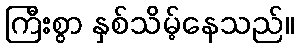
ကြီးစွာ နှစ်သိမ့်နေသည်။